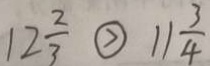
1 2 \frac { 2 } { 3 } \textcircled { > } 1 1 \frac { 3 } { 4 }